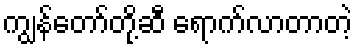
ကျွန်တော်တို့ဆီ ရောက်လာတာတဲ့